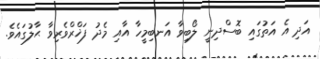
އަދި އެ އަތުގައި ބޮސްދިނީ ލޯބިވާ އަނބިމީހާ އާއި މެދު ފަޚްރްވެރިވާ ޙާލުގައެވެ.